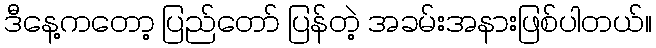
ဒီနေ့ကတော့ ပြည်တော် ပြန်တဲ့ အခမ်းအနားဖြစ်ပါတယ်။